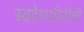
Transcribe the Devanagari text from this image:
स्वदेशप्रीतीची